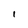
Character: l